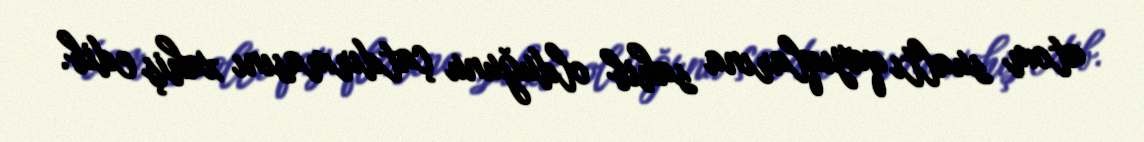
atom sualtı qayıqlarına sahib olduğunu çatdırmasını xahiş edib.